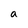
Character: a